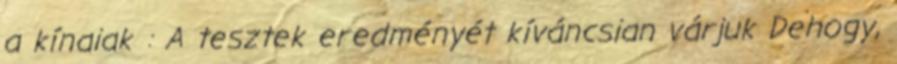
a kínaiak : A tesztek eredményét kíváncsian várjuk Dehogy,